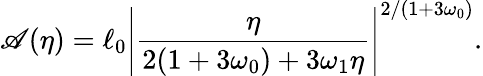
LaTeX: \mathscr{A}(\eta)=\ell_{0}\left|\frac{{\eta}}{{2(1+3\omega_{0})+3\omega_{1}\eta}}\right|^{2/(1+3\omega_{0})}.